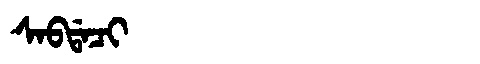
Manchu: ᠰᠠᠪᡩᠠᠴᡳ
Romanization: SABDACI